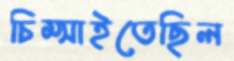
চিম্‌সাইতেছিল